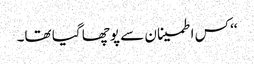
‘‘ کس اطمینان سے پوچھا گیا تھا۔